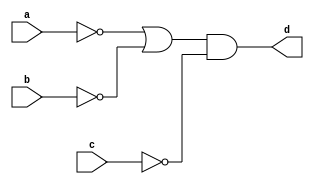
`timescale 1ns / 1ps
//////////////////////////////////////////////////////////////////////////////////
// Company: 
// Engineer: 
// 
// Design Name: 
// Module Name: inv
// Project Name: 
// Target Devices: 
// Tool Versions: 
// Description: 
// 
// Dependencies: 
// 
// Revision:
// Revision 0.01 - File Created
// Additional Comments:
// 
//////////////////////////////////////////////////////////////////////////////////


module inv(
    input a, b, c,
    output d
);

assign d = (~a|~b)&~c;

endmodule